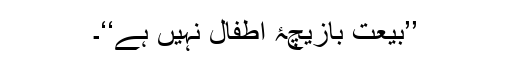
’’بیعت بازیچۂ اطفال نہیں ہے‘‘۔